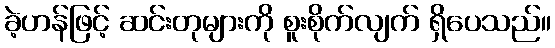
ခဲ့ဟန်ဖြင့် ဆင်းတုများကို စူးစိုက်လျက် ရှိပေသည်။